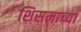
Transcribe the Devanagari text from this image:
शिसमाच्या